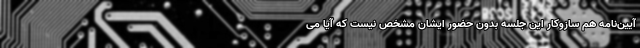
آیین‌نامه هم سازوکار این جلسه بدون حضور ایشان مشخص نیست که آیا می